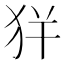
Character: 𤝪